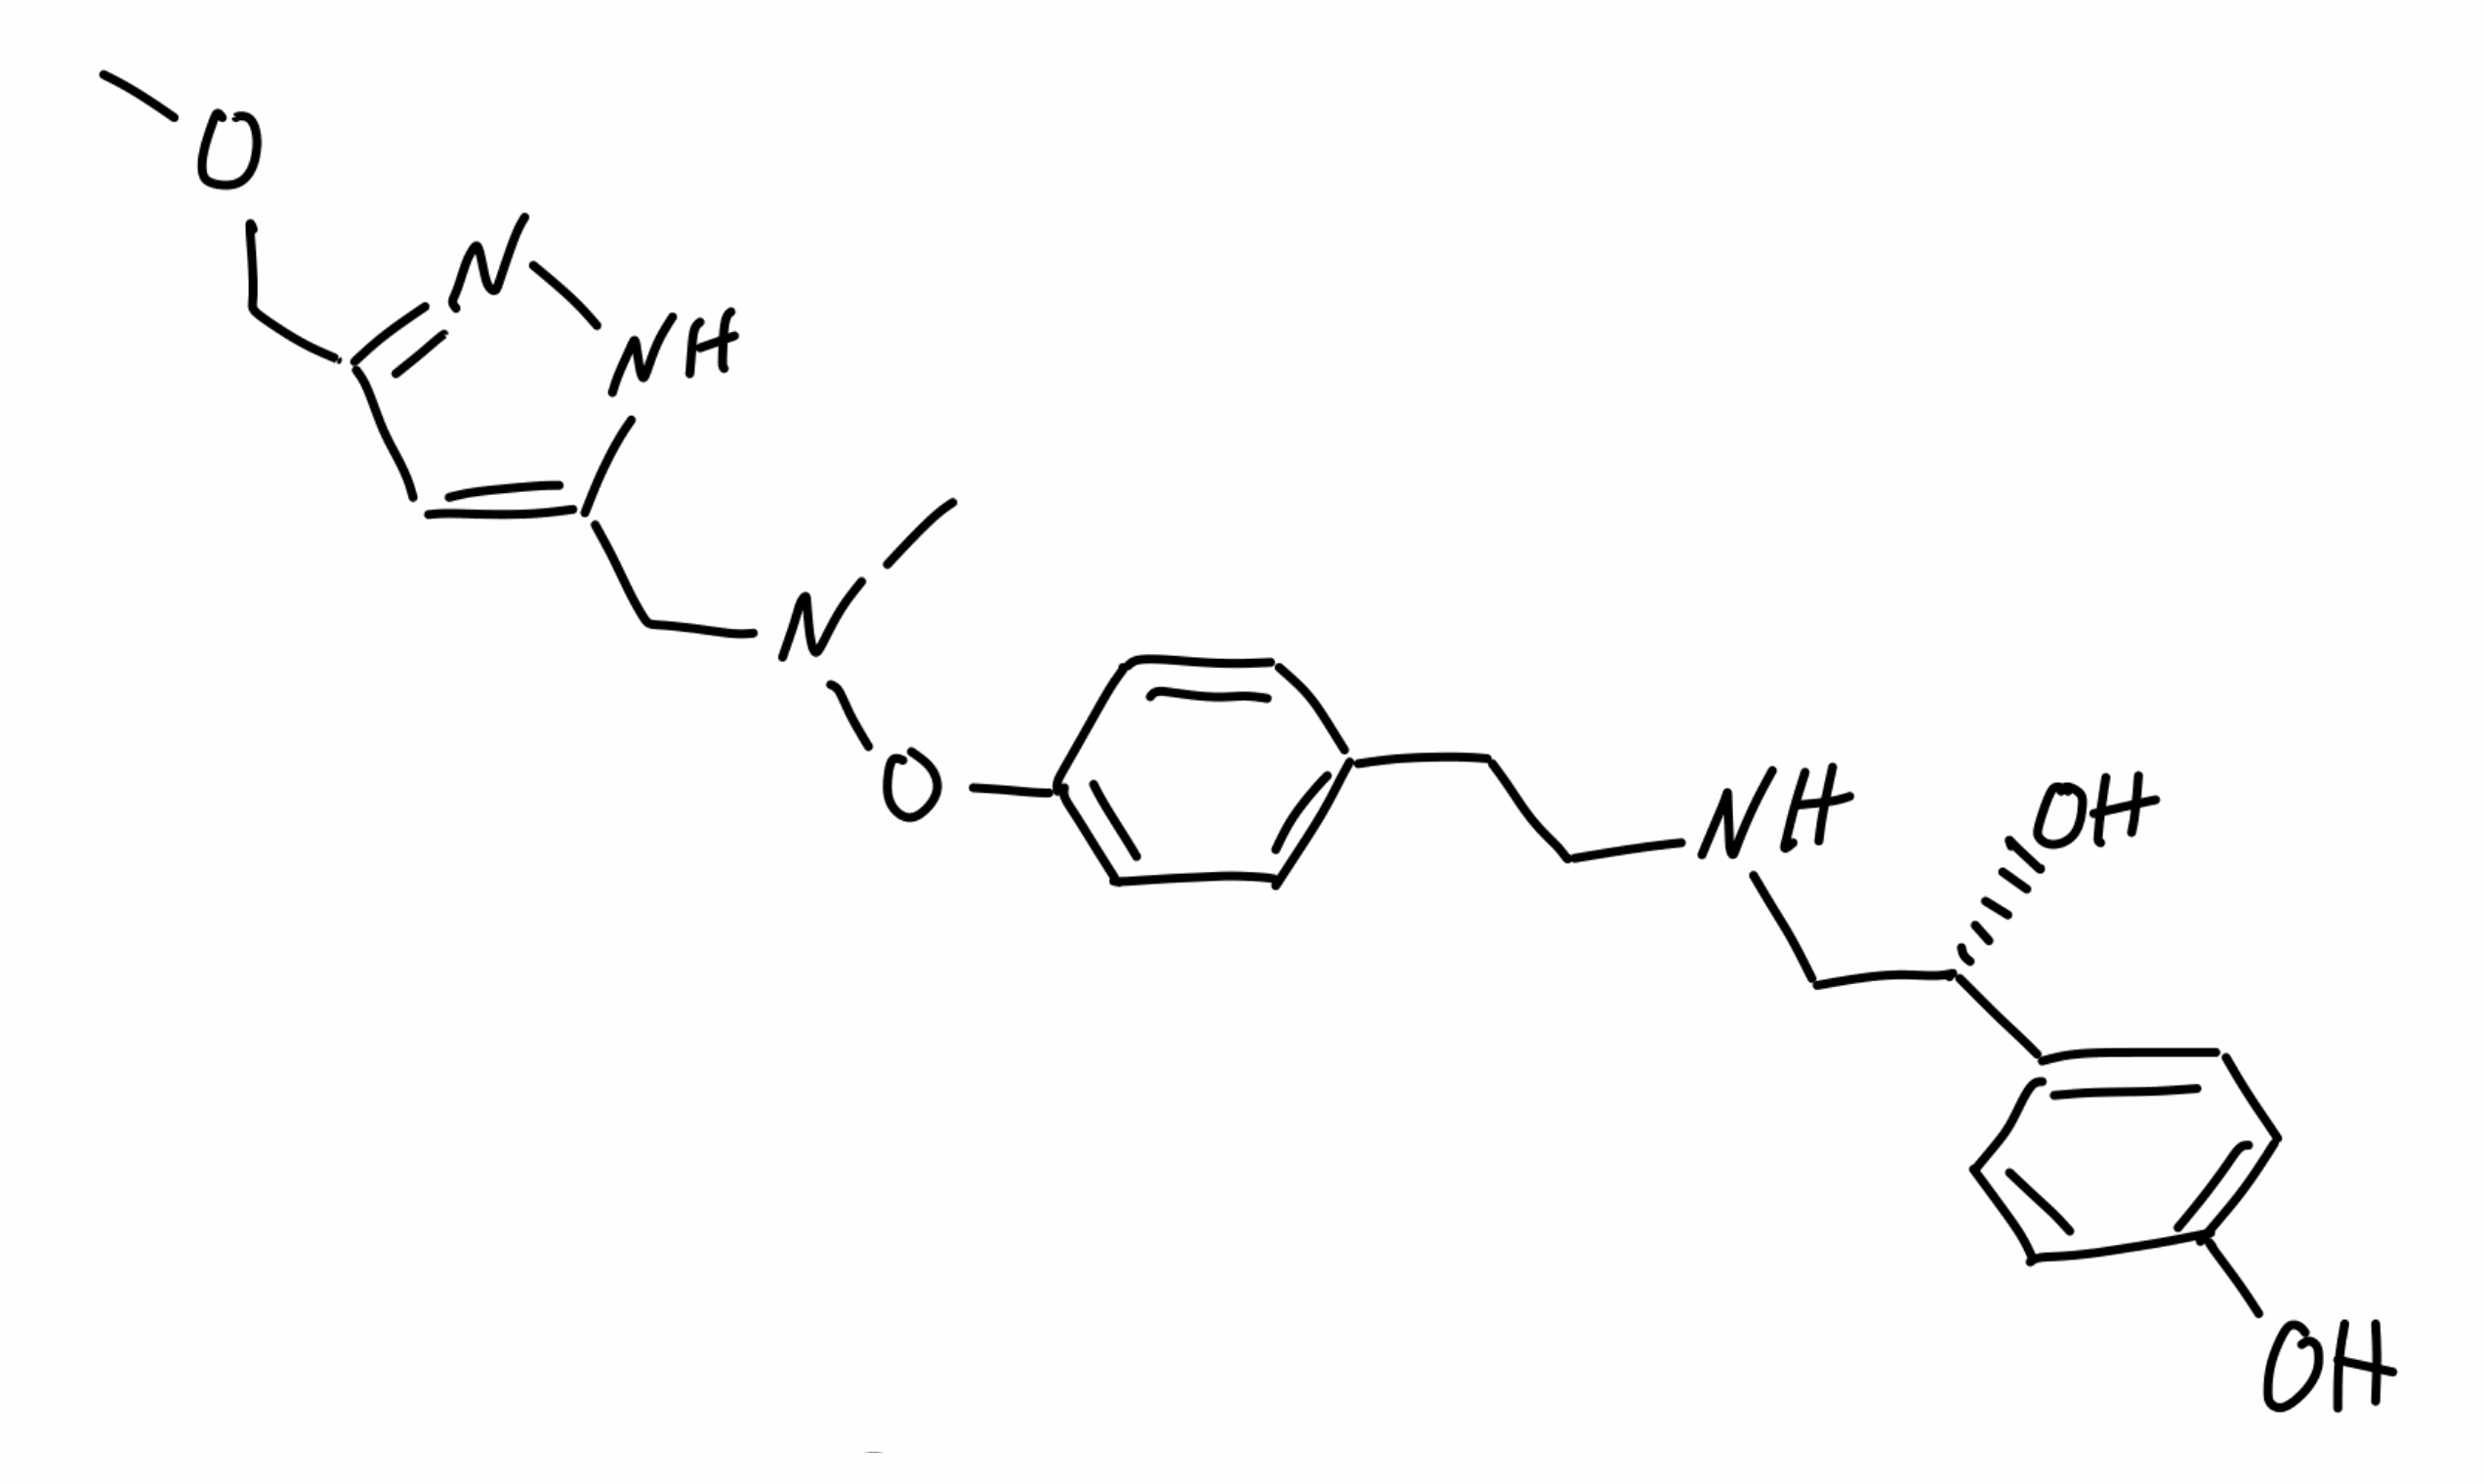
Simplified molecular-input line-entry system (SMILES) notation of the given molecule:
CN(CC1=CC(=NN1)COC)OC2=CC=C(C=C2)CCNC[C@@H](C3=CC=C(C=C3)O)O